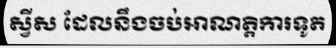
ស្វីស ដែលនឹងចប់អាណត្តិការទូត